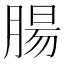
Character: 腸